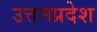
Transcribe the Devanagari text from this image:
उत्तमप्रदेश